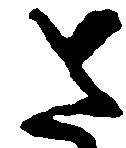
さ